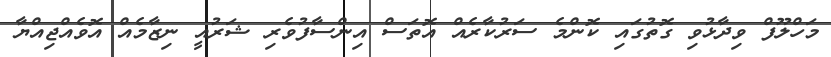
މަހްލޫފް ވިދާޅުވި ގޮތުގައި ކޮންމެ ސަރުކާރެއް އޮތަސް އިންސާފުވެރި ޝަރުއީ ނިޒާމެއް އޮވެއްޖިއްޔާ